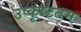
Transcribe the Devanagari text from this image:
उष्कृष्टतम